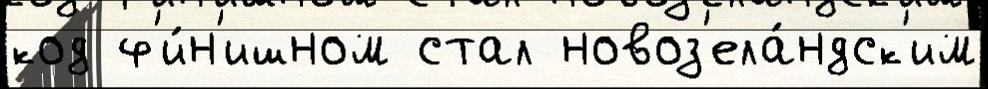
код ф'и́н'ишном стал новоз'ела́ндск'им